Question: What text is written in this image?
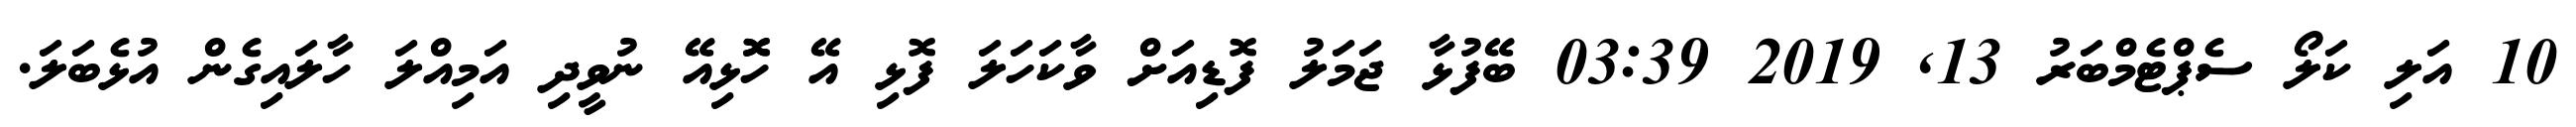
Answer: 10 އަލި ކަލޯ ސެޕްޓެމްބަރު 13, 2019 03:39 ބޭފުޅާ ޖަމަލު ފޮޑިއަށް ވާކަހަލަ ފޮޅި އޭ ހޮޮޅިއޭ ނުވީދި އަމިއްލަ ހާލައިގެން އުޅެބަލަ.